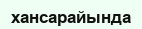
хансарайында